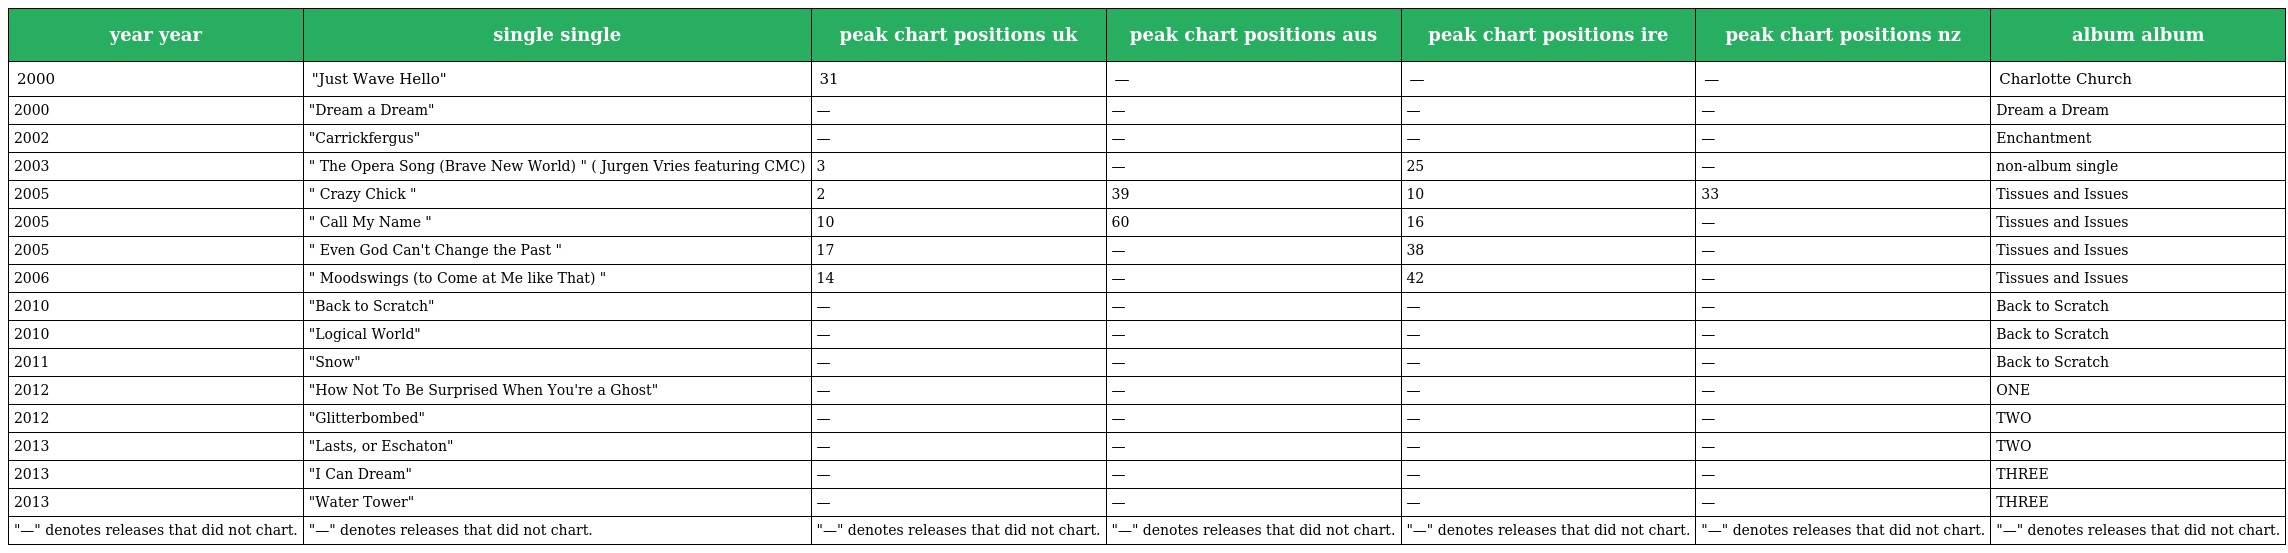
| year year | single single | peak chart positions uk | peak chart positions aus | peak chart positions ire | peak chart positions nz | album album |
 | --- | --- | --- | --- | --- | --- | --- |
 | 2000 | "Just Wave Hello" | 31 | — | — | — | Charlotte Church |
 | 2000 | "Dream a Dream" | — | — | — | — | Dream a Dream |
 | 2002 | "Carrickfergus" | — | — | — | — | Enchantment |
 | 2003 | " The Opera Song (Brave New World) " ( Jurgen Vries featuring CMC) | 3 | — | 25 | — | non-album single |
 | 2005 | " Crazy Chick " | 2 | 39 | 10 | 33 | Tissues and Issues |
 | 2005 | " Call My Name " | 10 | 60 | 16 | — | Tissues and Issues |
 | 2005 | " Even God Can't Change the Past " | 17 | — | 38 | — | Tissues and Issues |
 | 2006 | " Moodswings (to Come at Me like That) " | 14 | — | 42 | — | Tissues and Issues |
 | 2010 | "Back to Scratch" | — | — | — | — | Back to Scratch |
 | 2010 | "Logical World" | — | — | — | — | Back to Scratch |
 | 2011 | "Snow" | — | — | — | — | Back to Scratch |
 | 2012 | "How Not To Be Surprised When You're a Ghost" | — | — | — | — | ONE |
 | 2012 | "Glitterbombed" | — | — | — | — | TWO |
 | 2013 | "Lasts, or Eschaton" | — | — | — | — | TWO |
 | 2013 | "I Can Dream" | — | — | — | — | THREE |
 | 2013 | "Water Tower" | — | — | — | — | THREE |
 | "—" denotes releases that did not chart. | "—" denotes releases that did not chart. | "—" denotes releases that did not chart. | "—" denotes releases that did not chart. | "—" denotes releases that did not chart. | "—" denotes releases that did not chart. | "—" denotes releases that did not chart. |